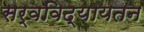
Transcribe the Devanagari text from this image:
सर्वविद्यायतन